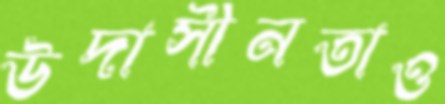
উদাসীনতাও